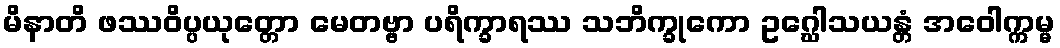
မိနာတိ ဖဿဝိပ္ပယုတ္တော မေတဗ္ဗာ ပရိက္ခာရဿ သဘိက္ခုကော ဥဂ္ဃေါသယန္တံ အဝေါက္ကမ္မ